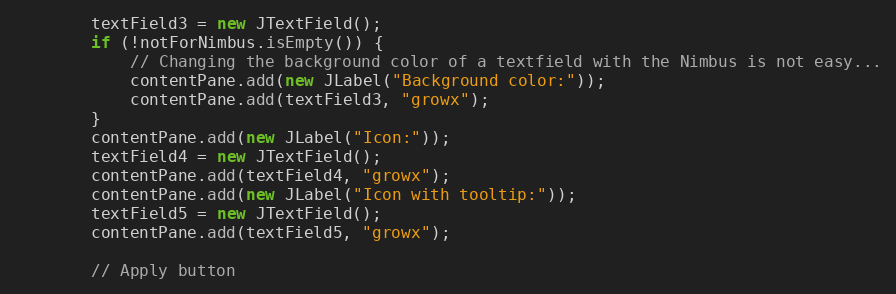
Language: Java
        textField3 = new JTextField();
        if (!notForNimbus.isEmpty()) {
            // Changing the background color of a textfield with the Nimbus is not easy...
            contentPane.add(new JLabel("Background color:"));
            contentPane.add(textField3, "growx");
        }
        contentPane.add(new JLabel("Icon:"));
        textField4 = new JTextField();
        contentPane.add(textField4, "growx");
        contentPane.add(new JLabel("Icon with tooltip:"));
        textField5 = new JTextField();
        contentPane.add(textField5, "growx");

        // Apply button